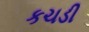
કચડી